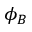
\phi _ { B }